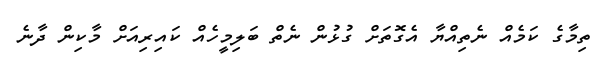
ތިމާގެ ކަމެއް ނެތިއްޔާ އެގޮތަށް ގުޅުން ނެތް ބަލިމީހެއް ކައިރިއަށް މާކިން ދާނެ